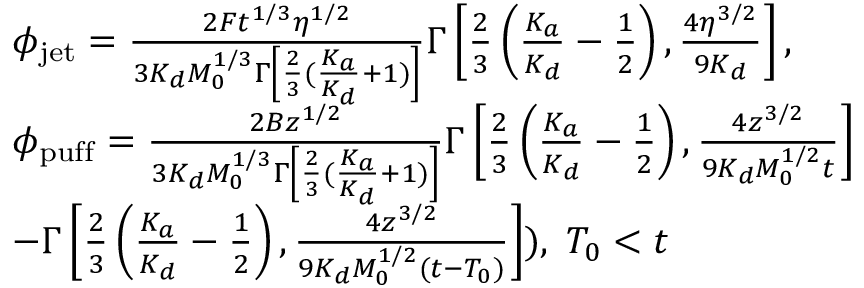
\begin{array} { r l } & { \phi _ { \mathrm { j e t } } = \frac { 2 F t ^ { 1 / 3 } \eta ^ { 1 / 2 } } { 3 K _ { d } M _ { 0 } ^ { 1 / 3 } \Gamma \left[ \frac { 2 } { 3 } ( \frac { K _ { a } } { K _ { d } } + 1 ) \right] } \Gamma \left[ \frac { 2 } { 3 } \left( \frac { K _ { a } } { K _ { d } } - \frac { 1 } { 2 } \right) , \frac { 4 \eta ^ { 3 / 2 } } { 9 K _ { d } } \right] , } \\ & { \phi _ { \mathrm { p u f f } } = \frac { 2 B z ^ { 1 / 2 } } { 3 K _ { d } M _ { 0 } ^ { 1 / 3 } \Gamma \left[ \frac { 2 } { 3 } ( \frac { K _ { a } } { K _ { d } } + 1 ) \right] } \Gamma \left[ \frac { 2 } { 3 } \left( \frac { K _ { a } } { K _ { d } } - \frac { 1 } { 2 } \right) , \frac { 4 z ^ { 3 / 2 } } { 9 K _ { d } M _ { 0 } ^ { 1 / 2 } t } \right] } \\ & { - \Gamma \left[ \frac { 2 } { 3 } \left( \frac { K _ { a } } { K _ { d } } - \frac { 1 } { 2 } \right) , \frac { 4 z ^ { 3 / 2 } } { 9 K _ { d } M _ { 0 } ^ { 1 / 2 } ( t - T _ { 0 } ) } \right] ) , \; T _ { 0 } < t } \end{array}